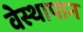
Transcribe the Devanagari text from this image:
वेस्थापान